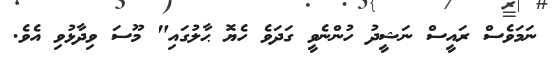
ނަމަވެސް ރައީސް ނަޝީދު ހުންނެވީ ގަދަވެ ހެޔޮ ޙާލުގައި" މޫސަ ވިދާޅުވި އެވެ.